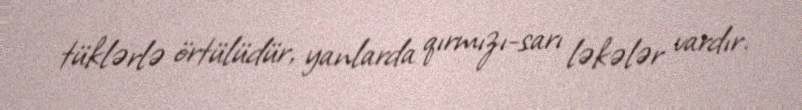
tüklərlə örtülüdür, yanlarda qırmızı-sarı ləkələr vardır.